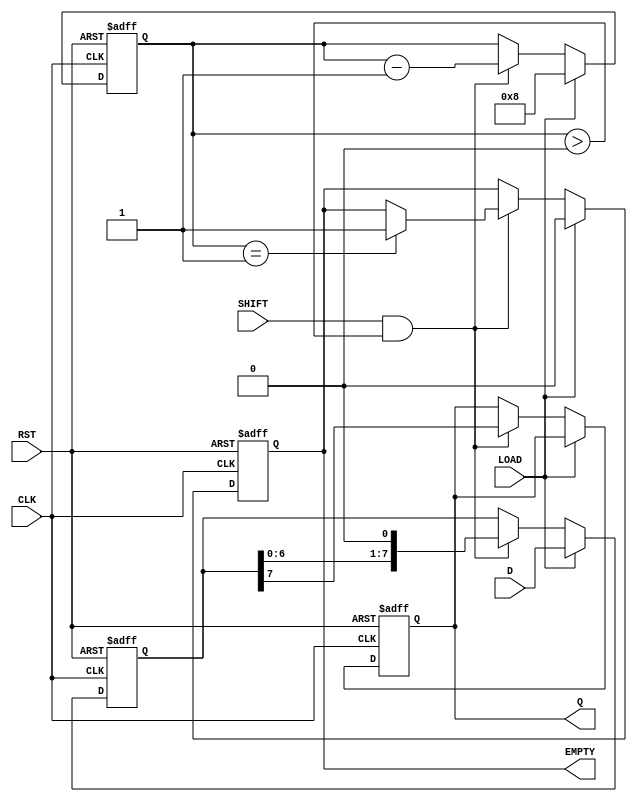
module PISO_Register #(
    parameter WIDTH = 8  // Configurable width of the register
)(
    input wire [WIDTH-1:0] D,      // Parallel Data Input
    input wire LOAD,                // Load Signal
    input wire SHIFT,               // Shift Signal
    input wire CLK,                 // Clock Signal
    input wire RST,                 // Reset Signal
    output reg Q,                   // Serial Output
    output reg EMPTY                // Empty Signal
);

    reg [WIDTH-1:0] shift_reg;      // Internal register to hold parallel data
    reg [3:0] count;                // Counter to track the number of bits shifted out

    // Asynchronous Reset
    always @(posedge CLK or posedge RST) begin
        if (RST) begin
            shift_reg <= {WIDTH{1'b0}}; // Clear the register
            Q <= 1'b0;                  // Reset serial output
            EMPTY <= 1'b1;              // Set EMPTY signal
            count <= 0;                 // Reset count
        end else begin
            if (LOAD) begin
                shift_reg <= D;          // Load parallel data into the register
                count <= WIDTH;          // Set count to the width of the register
                EMPTY <= 1'b0;           // Data is present, not empty
            end else if (SHIFT && count > 0) begin
                Q <= shift_reg[WIDTH-1]; // Output the MSB
                shift_reg <= shift_reg << 1; // Shift left
                count <= count - 1;      // Decrement count
                if (count == 1) begin
                    EMPTY <= 1'b1;        // Set EMPTY signal when all bits shifted out
                end
            end
        end
    end

endmodule